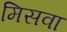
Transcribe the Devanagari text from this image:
मिसवा